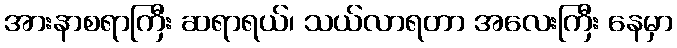
အားနာစရာကြီး ဆရာရယ်၊ သယ်လာရတာ အလေးကြီး နေမှာ